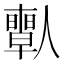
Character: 𠐱